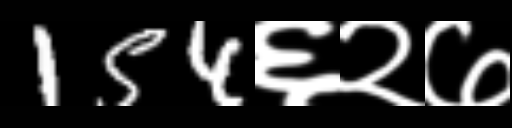
Text: 154६२७